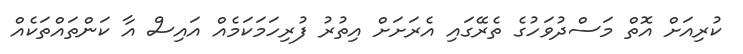
ކުރިއަށް އޮތް މަސްދުވަހުގެ ތެރޭގައި އެރަށަށް އިތުރު ފުރިހަމަކަމެއް އައިސް އާ ކަންތައްތަކެއް